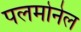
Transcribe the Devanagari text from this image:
पलमोनेल